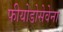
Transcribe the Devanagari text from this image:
फीयोडोसेवेना